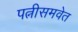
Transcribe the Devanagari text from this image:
पत्नीसमवेत